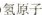
氢原子